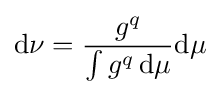
\mathrm {d} \nu ={\frac {g^{q}}{\int g^{q}\,\mathrm {d} \mu }}\mathrm {d} \mu